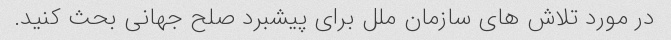
در مورد تلاش های سازمان ملل برای پیشبرد صلح جهانی بحث کنید.